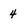
Character: 4